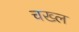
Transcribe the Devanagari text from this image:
चख्ल